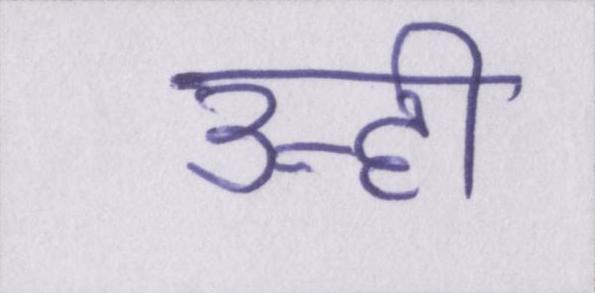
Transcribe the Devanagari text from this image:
उन्ही